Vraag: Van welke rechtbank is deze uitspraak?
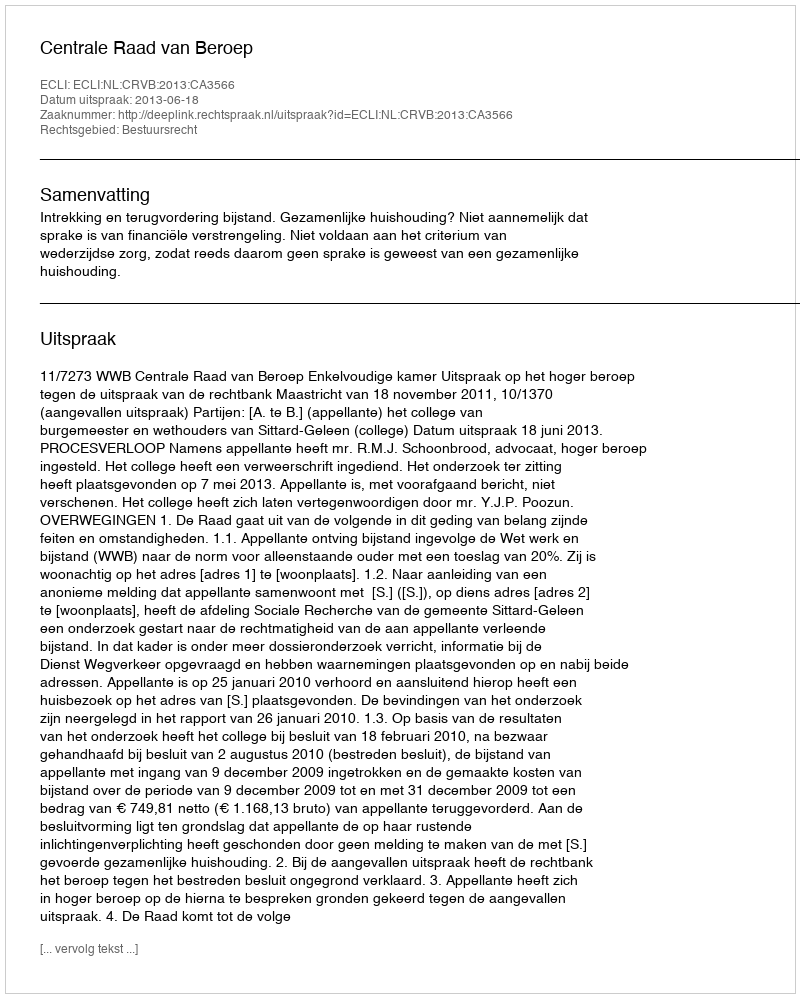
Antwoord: Centrale Raad van Beroep